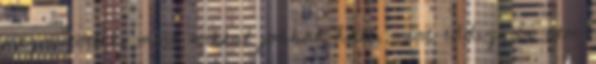
megműtötték, mert sokkal jobban hall, mint eddig, és nem